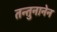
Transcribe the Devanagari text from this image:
तन्तुनानेन